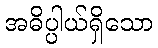
အဓိပ္ပါယ်ရှိသော